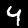
Label: 4